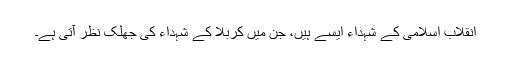
انقلاب اسلامی کے شہداء ایسے ہیں، جن میں کربلا کے شہداء کی جھلک نظر آتی ہے۔